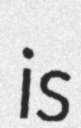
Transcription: is